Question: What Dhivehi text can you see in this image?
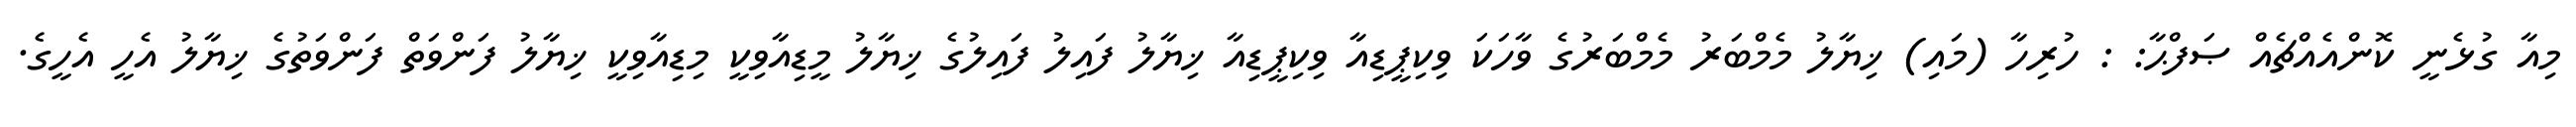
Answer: މިއާ ގުޅެނީ ކޮންއެއްޗެއް ޞަފްޙާ: : ހުރިހާ (މައި) ޚިޔާލު މެމްބަރު މެމްބަރުގެ ވާހަކަ ވިކިޕީޑިއާ ވިކިޕީޑިއާ ޚިޔާލު ފައިލު ފައިލުގެ ޚިޔާލު މީޑިއާވިކީ މިޑިއާވިކީ ޚިޔާލު ފަންވަތް ފަންވަތުގެ ޚިޔާލު އެހީ އެހީގެ.